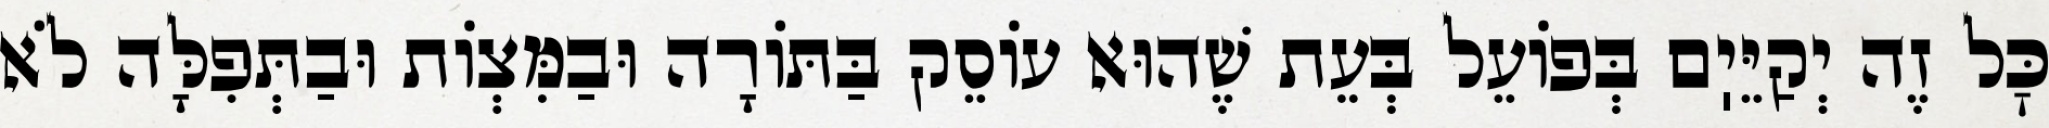
כׇּל זֶה יְקַיֵּיֽם בְּפוֹעֵל בְּעֵת שֶׁהוּא עוֹסֵק בַּתּוֹרָה וּבַמִּצְוֹת וּבַתְּפִלָּה לֹא